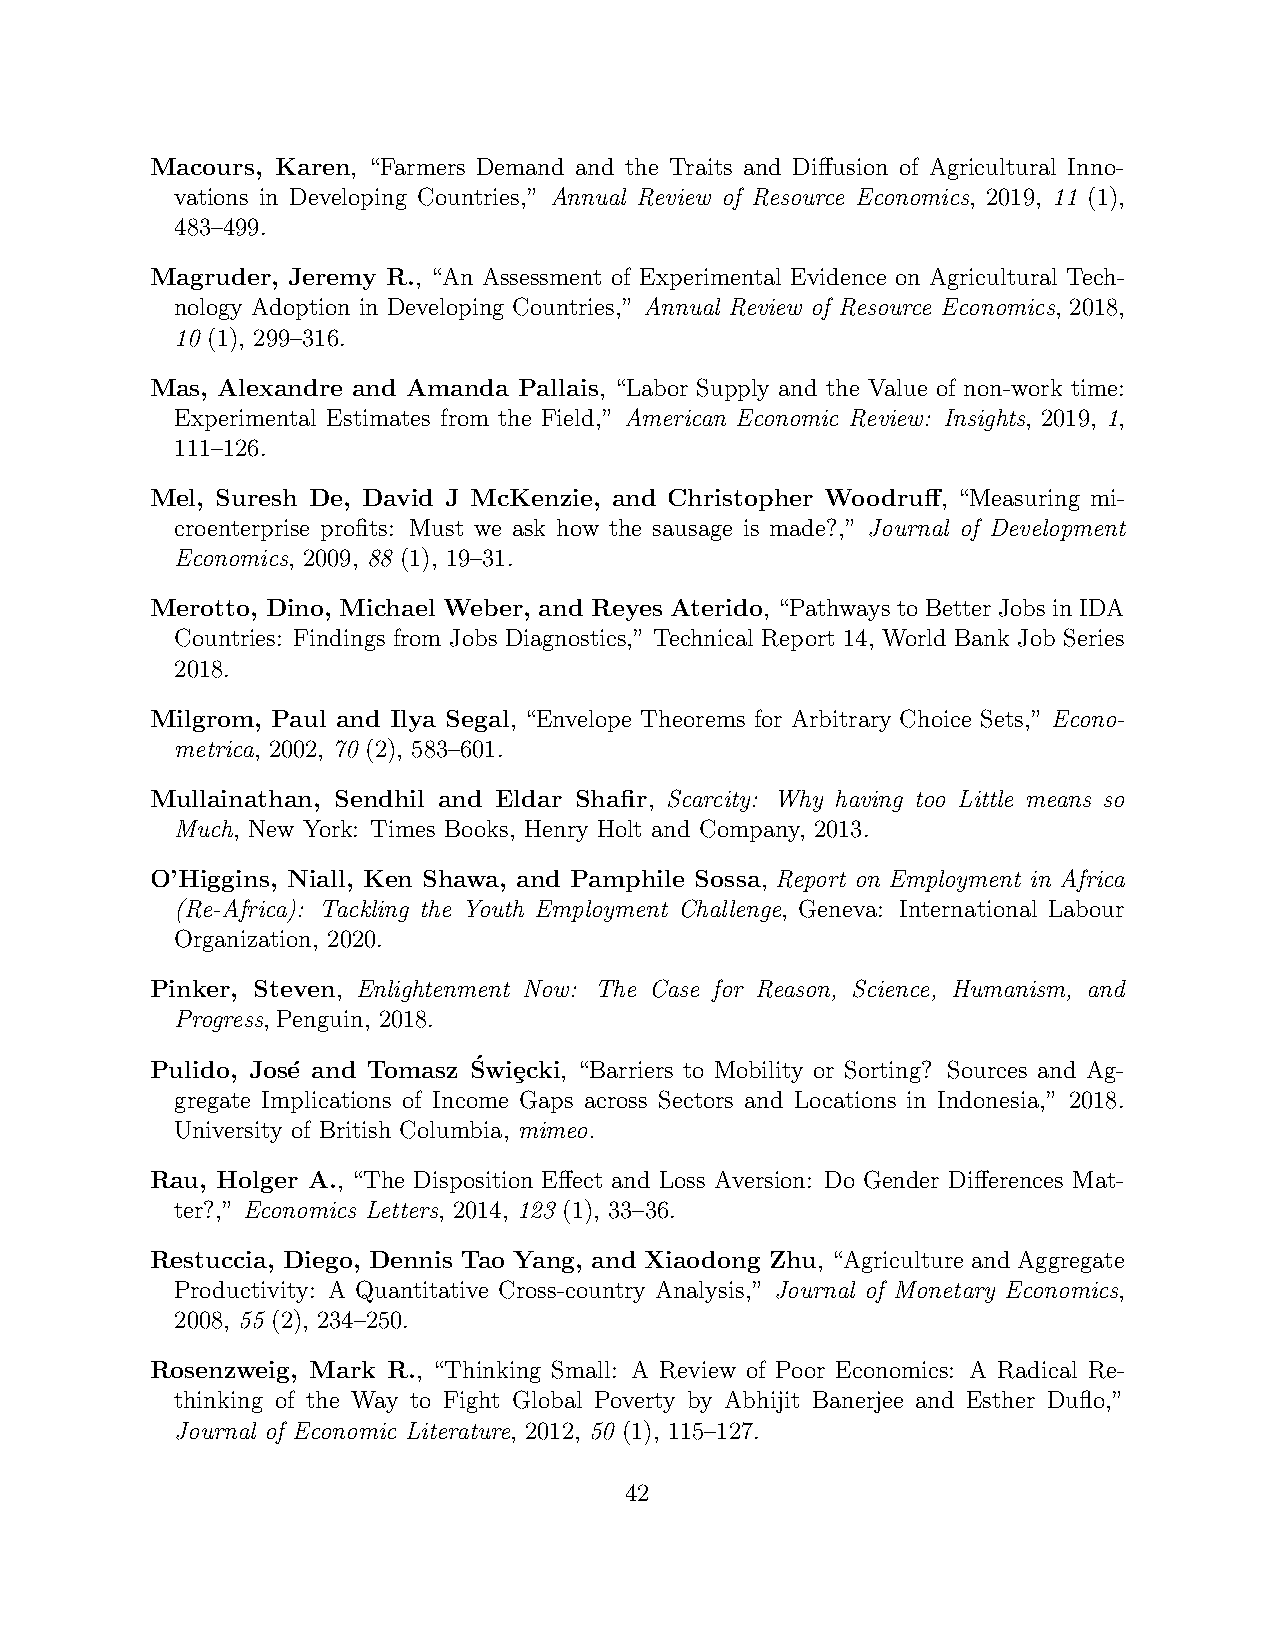
Macours, Karen, “Farmers Demand and the Traits and Diffusion of Agricultural Inno-
 vations in Developing Countries,” Annual Review of Resource Economics, 2019, 11 (1),
 483–499.
 Magruder, Jeremy R., “An Assessment of Experimental Evidence on Agricultural Tech-
 nology Adoption in Developing Countries,” Annual Review of Resource Economics, 2018,
 10 (1), 299–316.
 Mas, Alexandre and Amanda Pallais, “Labor Supply and the Value of non-work time:
 Experimental Estimates from the Field,” American Economic Review: Insights, 2019, 1,
 111–126.
 Mel, Suresh De, David J McKenzie, and Christopher Woodruff, “Measuring mi-
 croenterprise profits: Must we ask how the sausage is made?,” Journal of Development
 Economics, 2009, 88 (1), 19–31.
 Merotto, Dino, Michael Weber, and Reyes Aterido, “Pathways to Better Jobs in IDA
 Countries: Findings from Jobs Diagnostics,” Technical Report 14, World Bank Job Series
 2018.
 Milgrom, Paul and Ilya Segal, “Envelope Theorems for Arbitrary Choice Sets,” Econo-
 metrica, 2002, 70 (2), 583–601.
 Mullainathan, Sendhil and Eldar Shafir, Scarcity: Why having too Little means so
 Much, New York: Times Books, Henry Holt and Company, 2013.
 O’Higgins, Niall, Ken Shawa, and Pamphile Sossa, Report on Employment in Africa
 (Re-Africa): Tackling the Youth Employment Challenge, Geneva: International Labour
 Organization, 2020.
 Pinker, Steven, Enlightenment Now: The Case for Reason, Science, Humanism, and
 Progress, Penguin, 2018.
 Pulido, Jos´e and Tomasz S´wie¸cki, “Barriers to Mobility or Sorting? Sources and Ag-
 gregate Implications of Income Gaps across Sectors and Locations in Indonesia,” 2018.
 University of British Columbia, mimeo.
 Rau, Holger A., “The Disposition Effect and Loss Aversion: Do Gender Differences Mat-
 ter?,” Economics Letters, 2014, 123 (1), 33–36.
 Restuccia, Diego, Dennis Tao Yang, and Xiaodong Zhu, “Agriculture and Aggregate
 Productivity: A Quantitative Cross-country Analysis,” Journal of Monetary Economics,
 2008, 55 (2), 234–250.
 Rosenzweig, Mark R., “Thinking Small: A Review of Poor Economics: A Radical Re-
 thinking of the Way to Fight Global Poverty by Abhijit Banerjee and Esther Duflo,”
 Journal of Economic Literature, 2012, 50 (1), 115–127.
 42